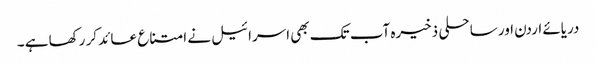
دریائے اردن اور ساحلی ذخیرہ آب تک بھی اسرائیل نے امتناع عائد کر رکھا ہے ۔